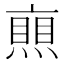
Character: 𠆐